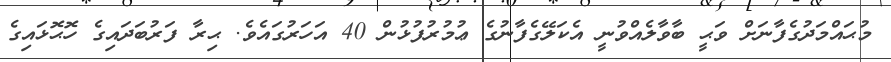
މުޙައްމަދުގެފާނަށް ވަޙީ ބާވާލެއްވުނީ އެކަލޭގެފާނުގެ ޢުމުރުފުޅުން 40 އަހަރުގައެވެ. ޙިރާ ފަރުބަދައިގެ ހޮޙޮޅައިގެ